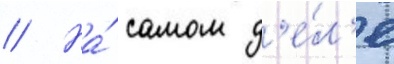
// На́ самом д'е́л'е